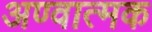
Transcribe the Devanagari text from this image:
अण्वात्मक